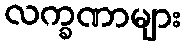
လက္ခဏာများ